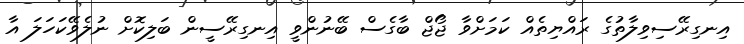
އިނގިރޭސިވިލާތުގެ ރައްޔިތެއް ކަމަށްވާ ޖޯޖް ބާގެސް ބޭނުންވީ އިނގިރޭސީން ބަލިކޮށް ނުލެވޭކަހަލަ އާ